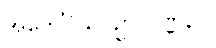
အဘေင်္ဂိယပဥှာ ဝဏ္ဏနာ။